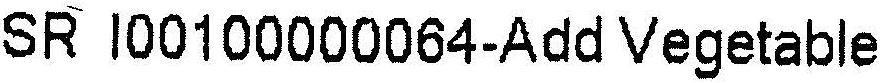
SR I00100000064-ADD VEGETABLE